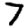
Digit: 7